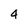
Character: 4